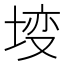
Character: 𡍣